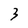
Character: 3